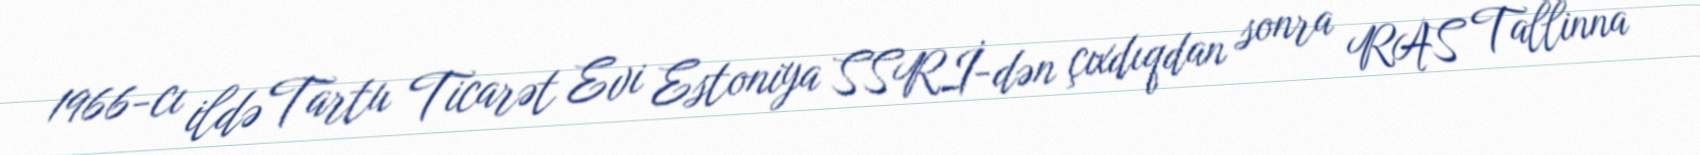
1966-cı ildə Tartu Ticarət Evi Estoniya SSRİ-dən çıxdıqdan sonra RAS Tallinna